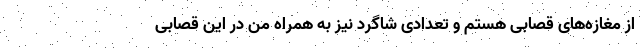
از مغازه‌های قصابی هستم و تعدادی شاگرد نیز به همراه من در این قصابی